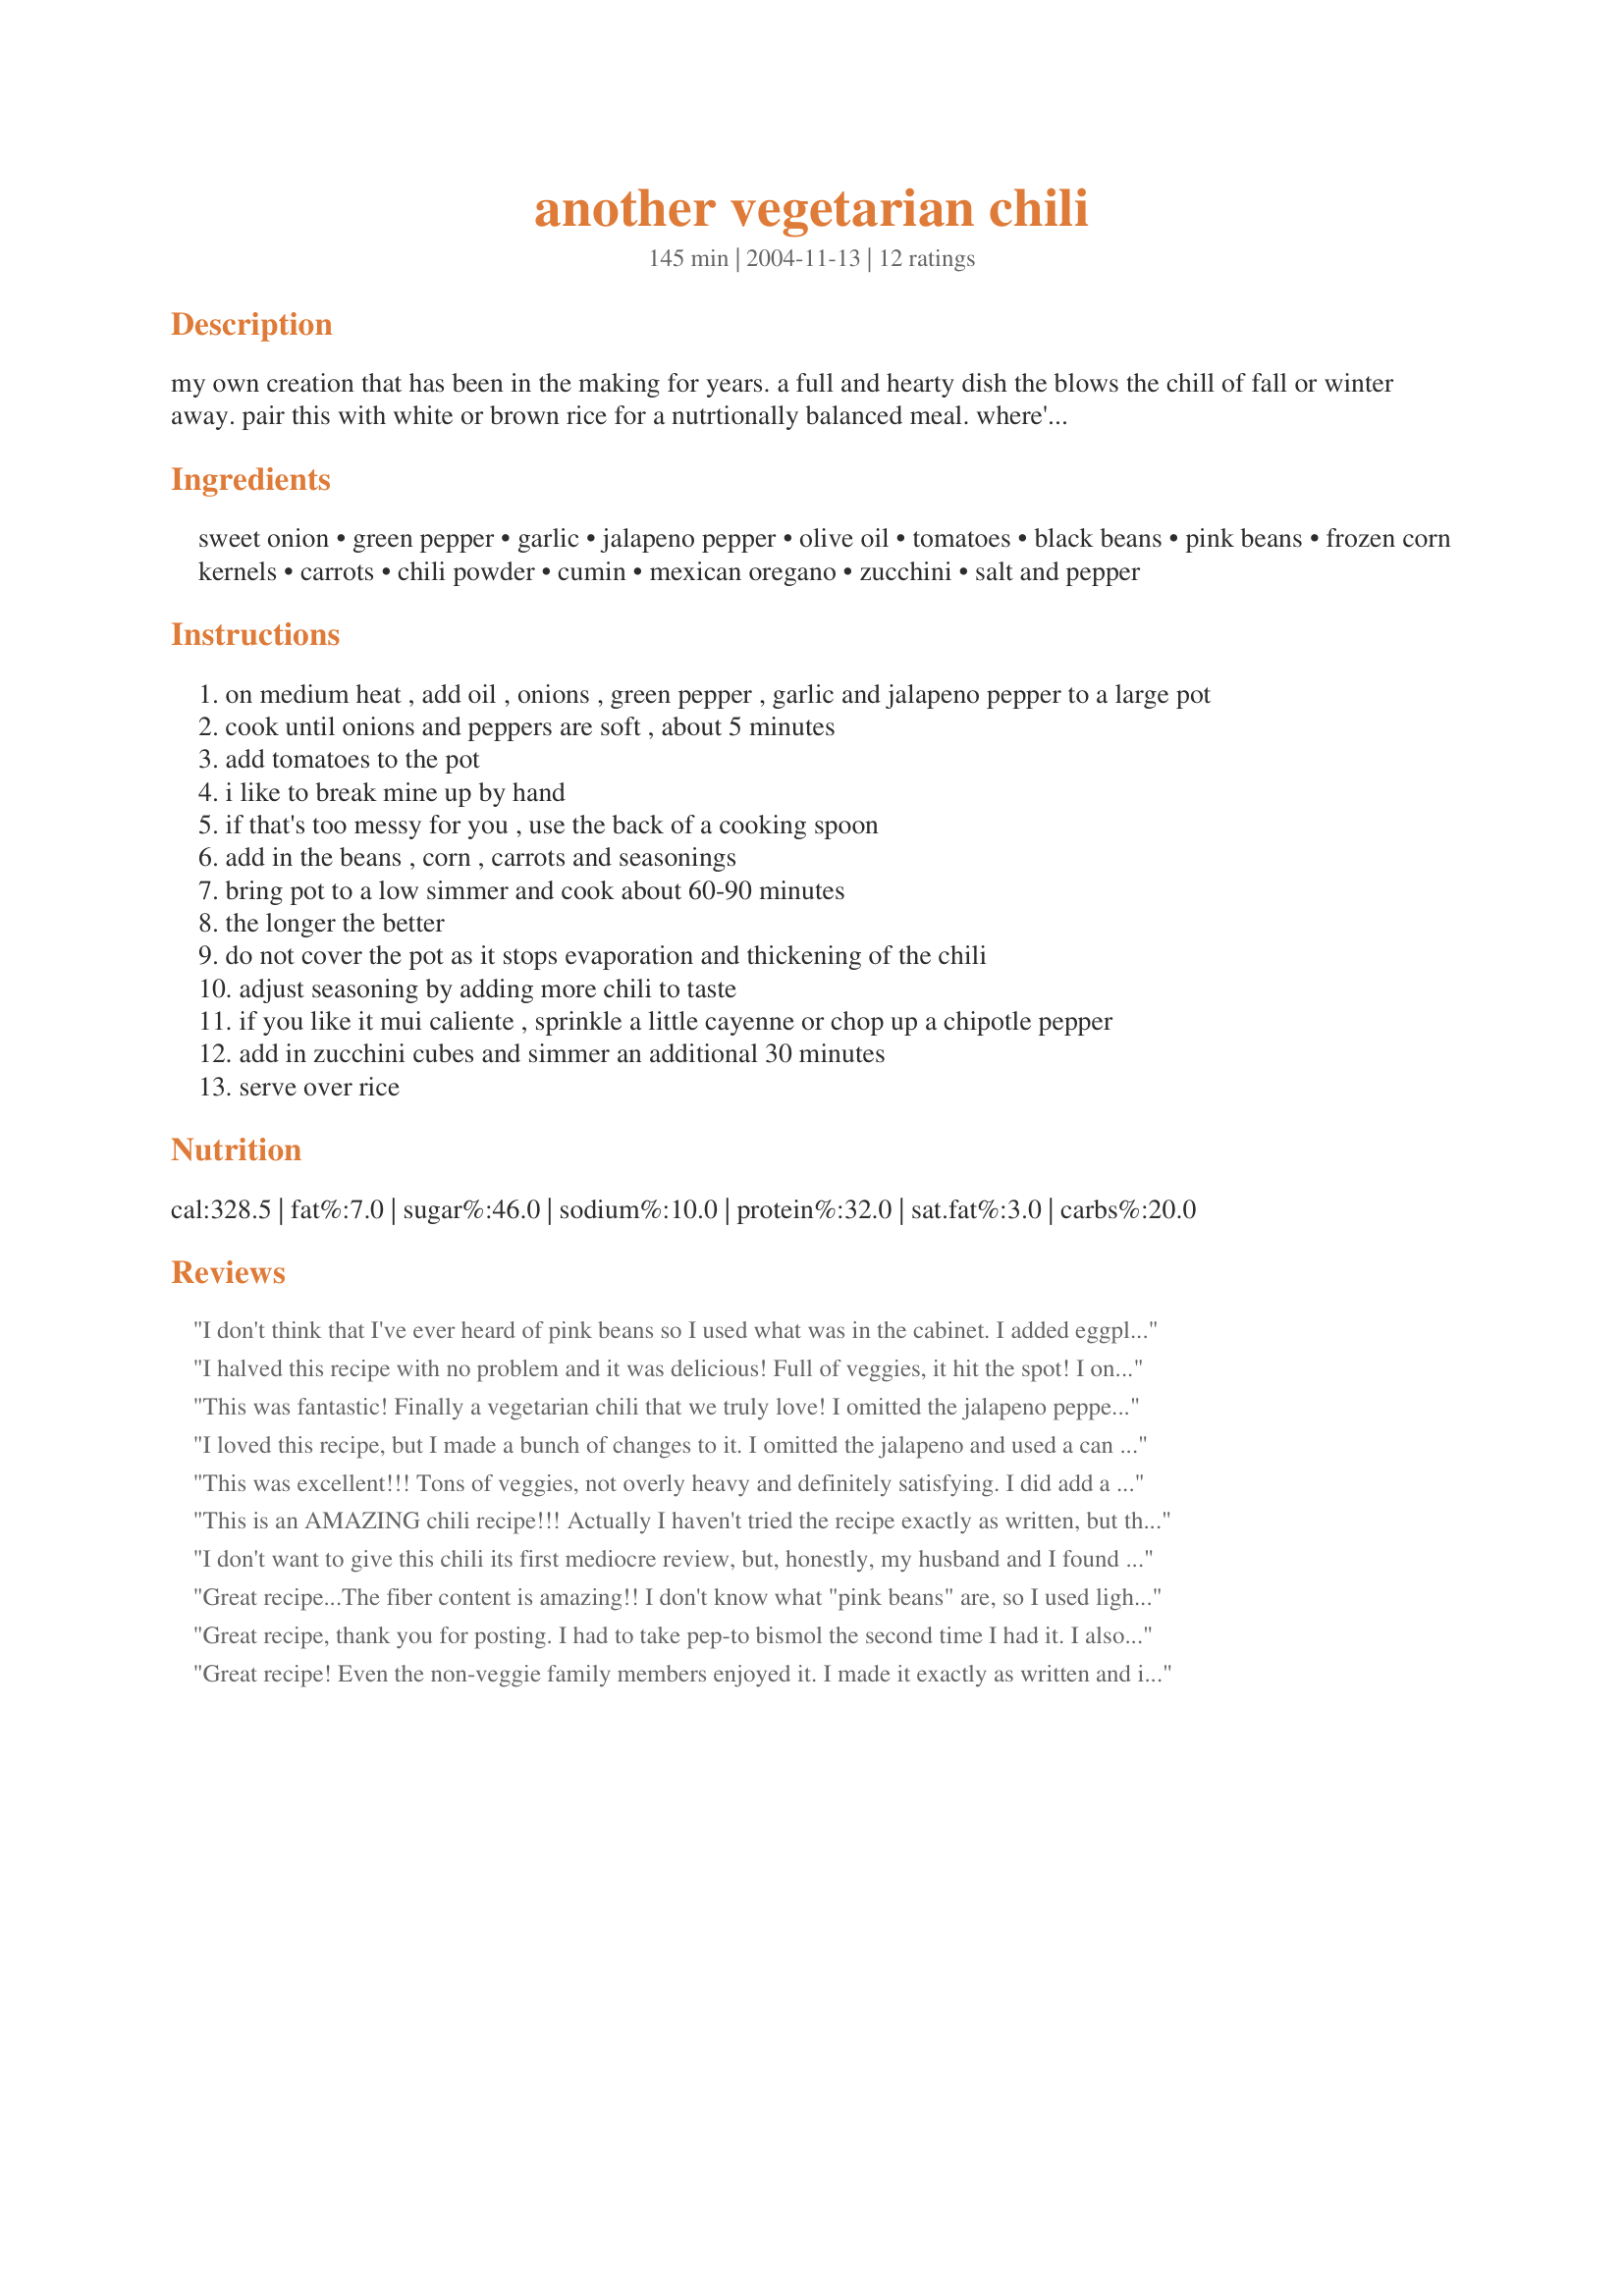
another vegetarian chili
Preparation time: 145 minutes

my own creation that has been in the making for years. a full and hearty dish the blows the chill of fall or winter away. pair this with white or brown rice for a nutrtionally balanced meal. where's the beef? who knows and you won't care.

Ingredients:
sweet onion, green pepper, garlic, jalapeno pepper, olive oil, tomatoes, black beans, pink beans, frozen corn kernels, carrots, chili powder, cumin, mexican oregano, zucchini, salt and pepper

Steps:
on medium heat , add oil , onions , green pepper , garlic and jalapeno pepper to a large pot
cook until onions and peppers are soft , about 5 minutes
add tomatoes to the pot
i like to break mine up by hand
if that's too messy for you , use the back of a cooking spoon
add in the beans , corn , carrots and seasonings
bring pot to a low simmer and cook about 60-90 minutes
the longer the better
do not cover the pot as it stops evaporation and thickening of the chili
adjust seasoning by adding more chili to taste
if you like it mui caliente , sprinkle a little cayenne or chop up a chipotle pepper
add in zucchini cubes and simmer an additional 30 minutes
serve over rice

Reviews:
I don't think that I've ever heard of pink beans so I used what was in the cabinet. I added eggplant only because I had one, but wouldn't change a thing. Great recipe.
I halved this recipe with no problem and it was delicious! Full of veggies, it hit the spot! I only used one can of bean-kidney. I didn't have zucchini, so used about 6 mushrooms, chopped up. I topped with sour cream. Thanks so much for posting!
This was fantastic! Finally a vegetarian chili that we truly love! I omitted the jalapeno pepper and carrot and used kidney beans instead of pink. I also had to add some broth, because I cut down the recipe serving size to 2, so the veggies were getting pretty dried out during the cooking. In addition to the seasonings listed, I added some cayenne pepper (to make up for leaving out the jalapeno) and a dash of my favorite chili seasoning blend. It was great... spicy and flavorful! Served it over spaghetti with some sour cream and shredded 4-cheese blend on top. Thanks for sharing!
I loved this recipe, but I made a bunch of changes to it. I omitted the jalapeno and used a can of green chilies instead. I used kidney beans, since I wasn't sure what pink beans were. I used a can of corn instead of fresh and a can of sliced carrots instead of fresh. I also omitted the zucchini, simply because I forgot it, lol. I threw everything in the crockpot and cooked on low for about 8 hours, and it was perfect. Added a little cheese on top to each serving, and we all loved it. Thanks!
This was excellent!!! Tons of veggies, not overly heavy and definitely satisfying. I did add a bit more chili powder, some cumin, and only used kidney beans as that was all I had soaking overnight. Next time I will use the black beans as well. I also had this simmering for a couple hours to get all the flavors moving. This will definitely be my go to chili recipe!! Thanks so much!!
This is an AMAZING chili recipe!!! Actually I haven't tried the recipe exactly as written, but the version I came up with based on it I think is amazing! Like most people I used kidney beans and not pink beans. I used a green pepper and a red pepper. After step 1 I added a few tsp of white wine and let cook a bit longer. After step 6 I added about 1/4 of a cup of my favorite BBQ sauce which I think adds a lot to the chili, thikening it up a bit and giving it some extra flavor. After adding the beans, I mashed about half of them to make the overall texture of the chili more thick. I also can't stress enough how much cooking for a long time adds to the recipe, I usually let it cook for like 3 hours if possible. I still add the zucchini after 90 minutes, because I think I like the texture better when it softens more.
I don't want to give this chili its first mediocre review, but, honestly, my husband and I found it pretty bland, though we're not sure what it's missing. To flavor it more, we put in another 1/2 tsp of cumin, 2 tbl fresh cilantro, mushrooms, and sliced calamata olives. The olives were the biggest help, but nothing seemed to give it the "kick" we were looking for.
Great recipe...The fiber content is amazing!! I don't know what "pink beans" are, so I used light kidney beans. Also, since I don't like 'chunky' tomatoes, I used a can of crushed tomatoes...this made the chili a little to thick, and I had to add some water. It probably would have been wiser to use tomatoes as called for in the recipe.
Great recipe, thank you for posting. I had to take pep-to bismol the second time I had it. I also added green pepper, red hot, and ate it with Fritos on top for some crunch. Colors were great together, and I have never had anything like this before.
Great recipe! Even the non-veggie family members enjoyed it. I made it exactly as written and it was a well received. Everyone did request that I put the zucchini in earlier next time. It was still too firm after 30 minutes and kind of stood out from the rest of the chili. Thanks for posting.
So good, thank you toni for posting this one! I did omit the jalapeno pepper and used regular oregano. Had this chili over brown rice for a wonderful hearty meal.
This was great chili! I love how healthy it is and it made the house smell SO good! It was very warming on a chilly evening.
